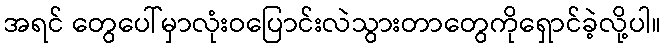
အရင် တွေပေါ်မှာလုံးဝပြောင်းလဲသွားတာတွေကိုရှောင်ခဲ့လို့ပါ။